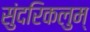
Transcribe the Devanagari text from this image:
सुंदरिकलुम्